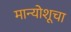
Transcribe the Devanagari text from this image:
मान्योशूचा